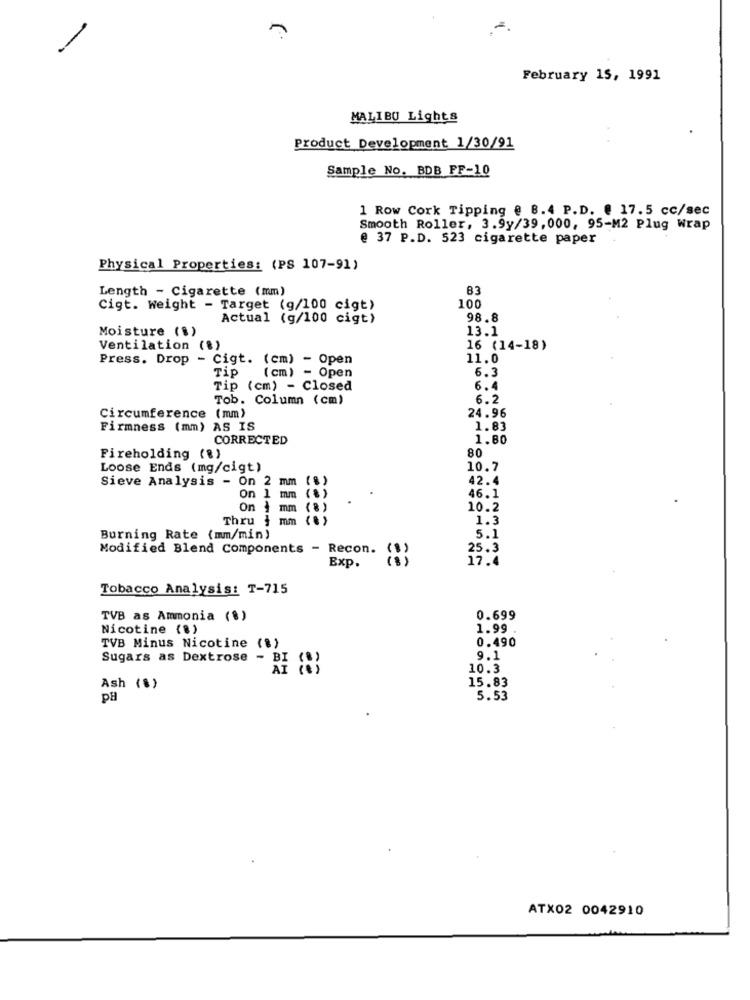
February 15, 1991
MALIBU Lights
Product Development 1/30/91
Sample No. BDB FF-10
1 Row Cork Tipping @ 8.4 P.D. @ 17.5 cc/sec
Smooth Roller, 3.9y/39, 000, 95-M2 Plug Wrap
@ 37 P.D. 523 cigarette paper
Physical Properties: (PS 107-91)
Length - Cigarette (mm)
83
Cigt. weight - Target (g/100 cigt)
100
Actual (g/100 cigt)
98.8
Moisture (1)
13.1
Ventilation (8)
16 (14-18)
Press. Drop
- Cigt. (cm) - Open
11.0
6.3
Tip (cm) - Open
Tip (cm) - Closed
6.4
Tob. Column (cm)
6.2
24.96
Circumference (mm)
Firmness (mm) AS IS
1.83
CORRECTED
1.80
80
Fireholding (%)
Loose Ends (mg/cigt)
10.7
Sieve Analysis - On 2 mm (%)
42.4
On 1 mm (2)
46.1
On 1 mm
( 8)
10.2
Thru $
mm (0)
1.3
Burning Rate (mm/min)
5.1
Modified Blend Components - Recon.
25.3
17.4
Exp.
Tobacco Analysis: T-715
TVB as Ammonia (%)
0.699
Nicotine (8)
1.99
0.490
TVB Minus Nicotine (%)
Sugars as Dextrose - BI
9.1
AT
10.3
15.83
Ash (%)
pa
5.53
ATX02 0042910